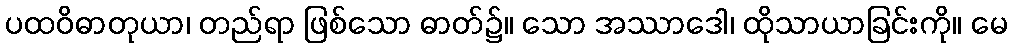
ပထဝိဓာတုယာ၊ တည်ရာ ဖြစ်သော ဓာတ်၌။ သော အဿာဒေါ၊ ထိုသာယာခြင်းကို။ မေ